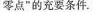
零点”的充要条件.